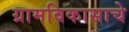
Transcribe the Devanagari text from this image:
ग्रामविकासाचे